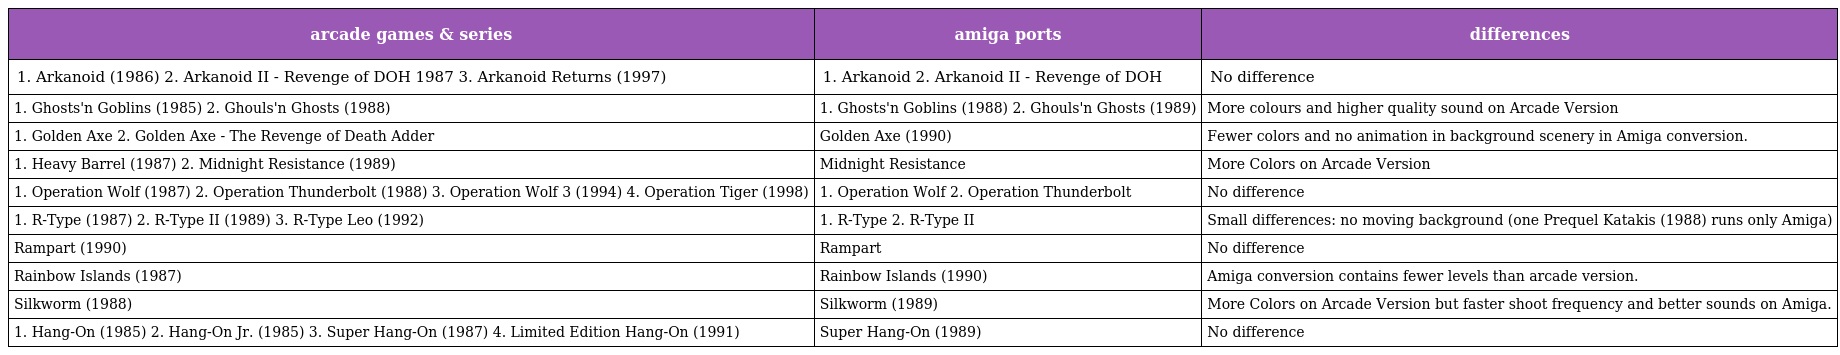
| arcade games & series | amiga ports | differences |
 | --- | --- | --- |
 | 1. Arkanoid (1986) 2. Arkanoid II - Revenge of DOH 1987 3. Arkanoid Returns (1997) | 1. Arkanoid 2. Arkanoid II - Revenge of DOH | No difference |
 | 1. Ghosts'n Goblins (1985) 2. Ghouls'n Ghosts (1988) | 1. Ghosts'n Goblins (1988) 2. Ghouls'n Ghosts (1989) | More colours and higher quality sound on Arcade Version |
 | 1. Golden Axe 2. Golden Axe - The Revenge of Death Adder | Golden Axe (1990) | Fewer colors and no animation in background scenery in Amiga conversion. |
 | 1. Heavy Barrel (1987) 2. Midnight Resistance (1989) | Midnight Resistance | More Colors on Arcade Version |
 | 1. Operation Wolf (1987) 2. Operation Thunderbolt (1988) 3. Operation Wolf 3 (1994) 4. Operation Tiger (1998) | 1. Operation Wolf 2. Operation Thunderbolt | No difference |
 | 1. R-Type (1987) 2. R-Type II (1989) 3. R-Type Leo (1992) | 1. R-Type 2. R-Type II | Small differences: no moving background (one Prequel Katakis (1988) runs only Amiga) |
 | Rampart (1990) | Rampart | No difference |
 | Rainbow Islands (1987) | Rainbow Islands (1990) | Amiga conversion contains fewer levels than arcade version. |
 | Silkworm (1988) | Silkworm (1989) | More Colors on Arcade Version but faster shoot frequency and better sounds on Amiga. |
 | 1. Hang-On (1985) 2. Hang-On Jr. (1985) 3. Super Hang-On (1987) 4. Limited Edition Hang-On (1991) | Super Hang-On (1989) | No difference |